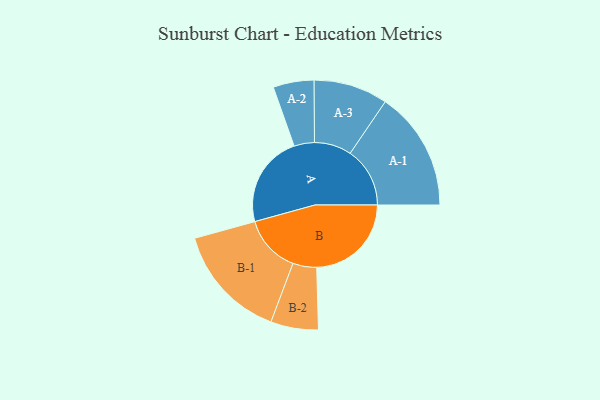
{"axis": {"x": "Segment", "y": "Value"}, "legend": ["", "A", "B"], "data": [{"x": "A", "y": 456, "type": ""}, {"x": "B", "y": 469, "type": ""}, {"x": "A-1", "y": 296, "type": "A"}, {"x": "A-2", "y": 101, "type": "A"}, {"x": "A-3", "y": 184, "type": "A"}, {"x": "B-1", "y": 286, "type": "B"}, {"x": "B-2", "y": 118, "type": "B"}]}